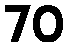
70